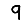
Digit: 9